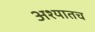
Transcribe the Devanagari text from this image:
अश्यातच